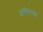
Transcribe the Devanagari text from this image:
अमीनच्या